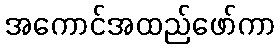
အကောင်အထည်ဖော်ကာ